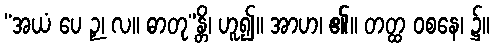
“အယံ ပေ ဉှ၊ လ။ ဓာတု”န္တိ၊ ဟူ၍။ အာဟ၊ ၏။ တတ္ထ ဝစနေ၊ ၌။